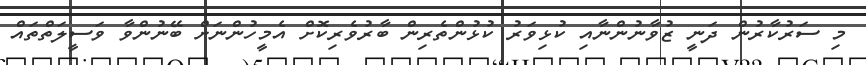
މި ސަރުކާރުން ދަނީ ޒުވާނުންނާއި ކުޅިވަރު ކުޅުންތެރިން ބާރުވެރިކޮށް އެމީހުންނަށް ބޭނުންވާ ވަސީލަތްތައް